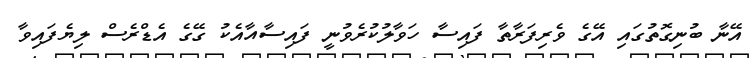
އޭނާ ބުނިގޮތުގައި އޭގެ ވެރިފަރާތާ ފައިސާ ހަވާލުކުރެވުނީ ފައިސާއާއެކު ގޭގެ އެޑްރެސް ލިޔެފައިވާ